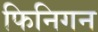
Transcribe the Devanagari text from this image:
फिनिगन